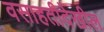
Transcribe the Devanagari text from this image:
वसाहतीदेखील